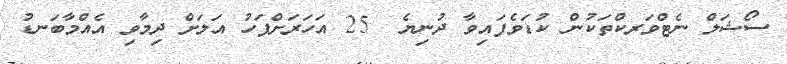
ސޯޝަލް ނެޓްވަރކްތަކުން ކުޑަވެފައިވާ ދުނިޔެ  25 އަހަރަށްފަހު އަލަށް ދިމާވި އެއްމާބަނޑު